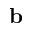
\mathbf { b }